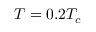
T = 0 . 2 T _ { c }